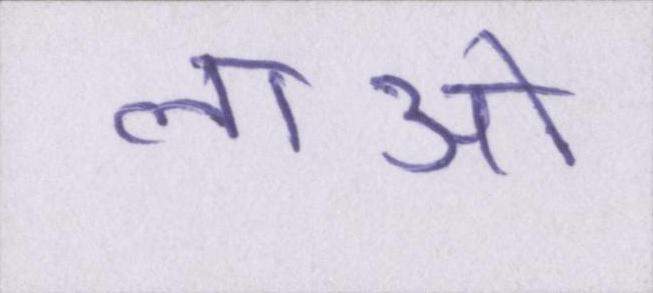
लाओ